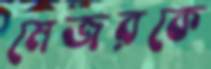
মেজরকে